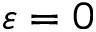
\varepsilon = 0